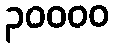
၃၀၀၀၀